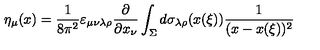
\eta _ { \mu } ( x ) = \frac { 1 } { 8 \pi ^ { 2 } } \varepsilon _ { \mu \nu \lambda \rho } \frac { \partial } { \partial x _ { \nu } } \int _ { \Sigma } ^ { } d \sigma _ { \lambda \rho } ( x ( \xi ) ) \frac { 1 } { ( x - x ( \xi ) ) ^ { 2 } }